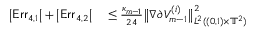
\begin{array} { r l } { \bigl | \mathsf { E r r } _ { 4 , 1 } \bigr | + \bigl | \mathsf { E r r } _ { 4 , 2 } \bigr | } & { { } \leq \frac { \kappa _ { m - 1 } } { 2 4 } \bigl \| \nabla \partial ^ { \aa } V _ { m - 1 } ^ { ( i ) } \bigr \| _ { L ^ { 2 } ( ( 0 , 1 ) \times \ensuremath { \mathbb { T } } ^ { 2 } ) } ^ { 2 } } \end{array}